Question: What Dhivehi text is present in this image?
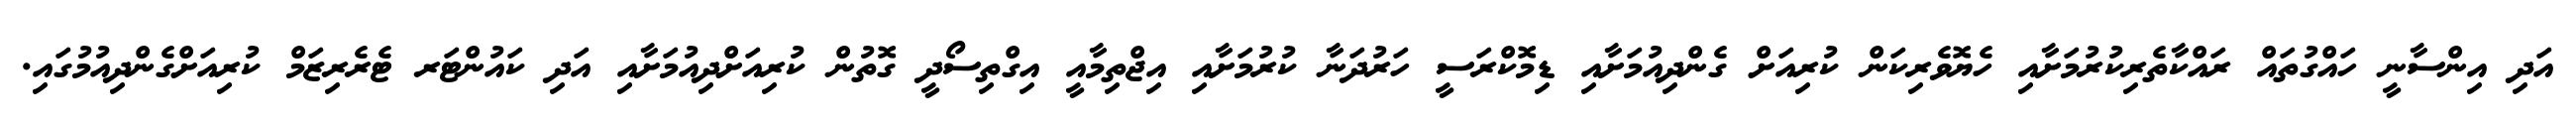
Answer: އަދި އިންސާނީ ހައްގުތައް ރައްކާތެރިކުރުމަށާއި ހެޔޮވެރިކަން ކުރިއަށް ގެންދިއުމަށާއި ޑިމޮކްރަސީ ހަރުދަނާ ކުރުމަށާއި އިޖްތިމާއީ އިގްތިސޯދީ ގޮތުން ކުރިއަށްދިއުމަށާއި އަދި ކައުންޓަރ ޓެރެރިޒަމް ކުރިއަށްގެންދިއުމުގައި.